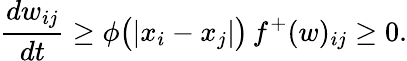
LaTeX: \frac{dw_{ij}}{dt}\geq\phi\big(|x_{i}-x_{j}|\big)\, f^{+}(w)_{ij}\geq 0.